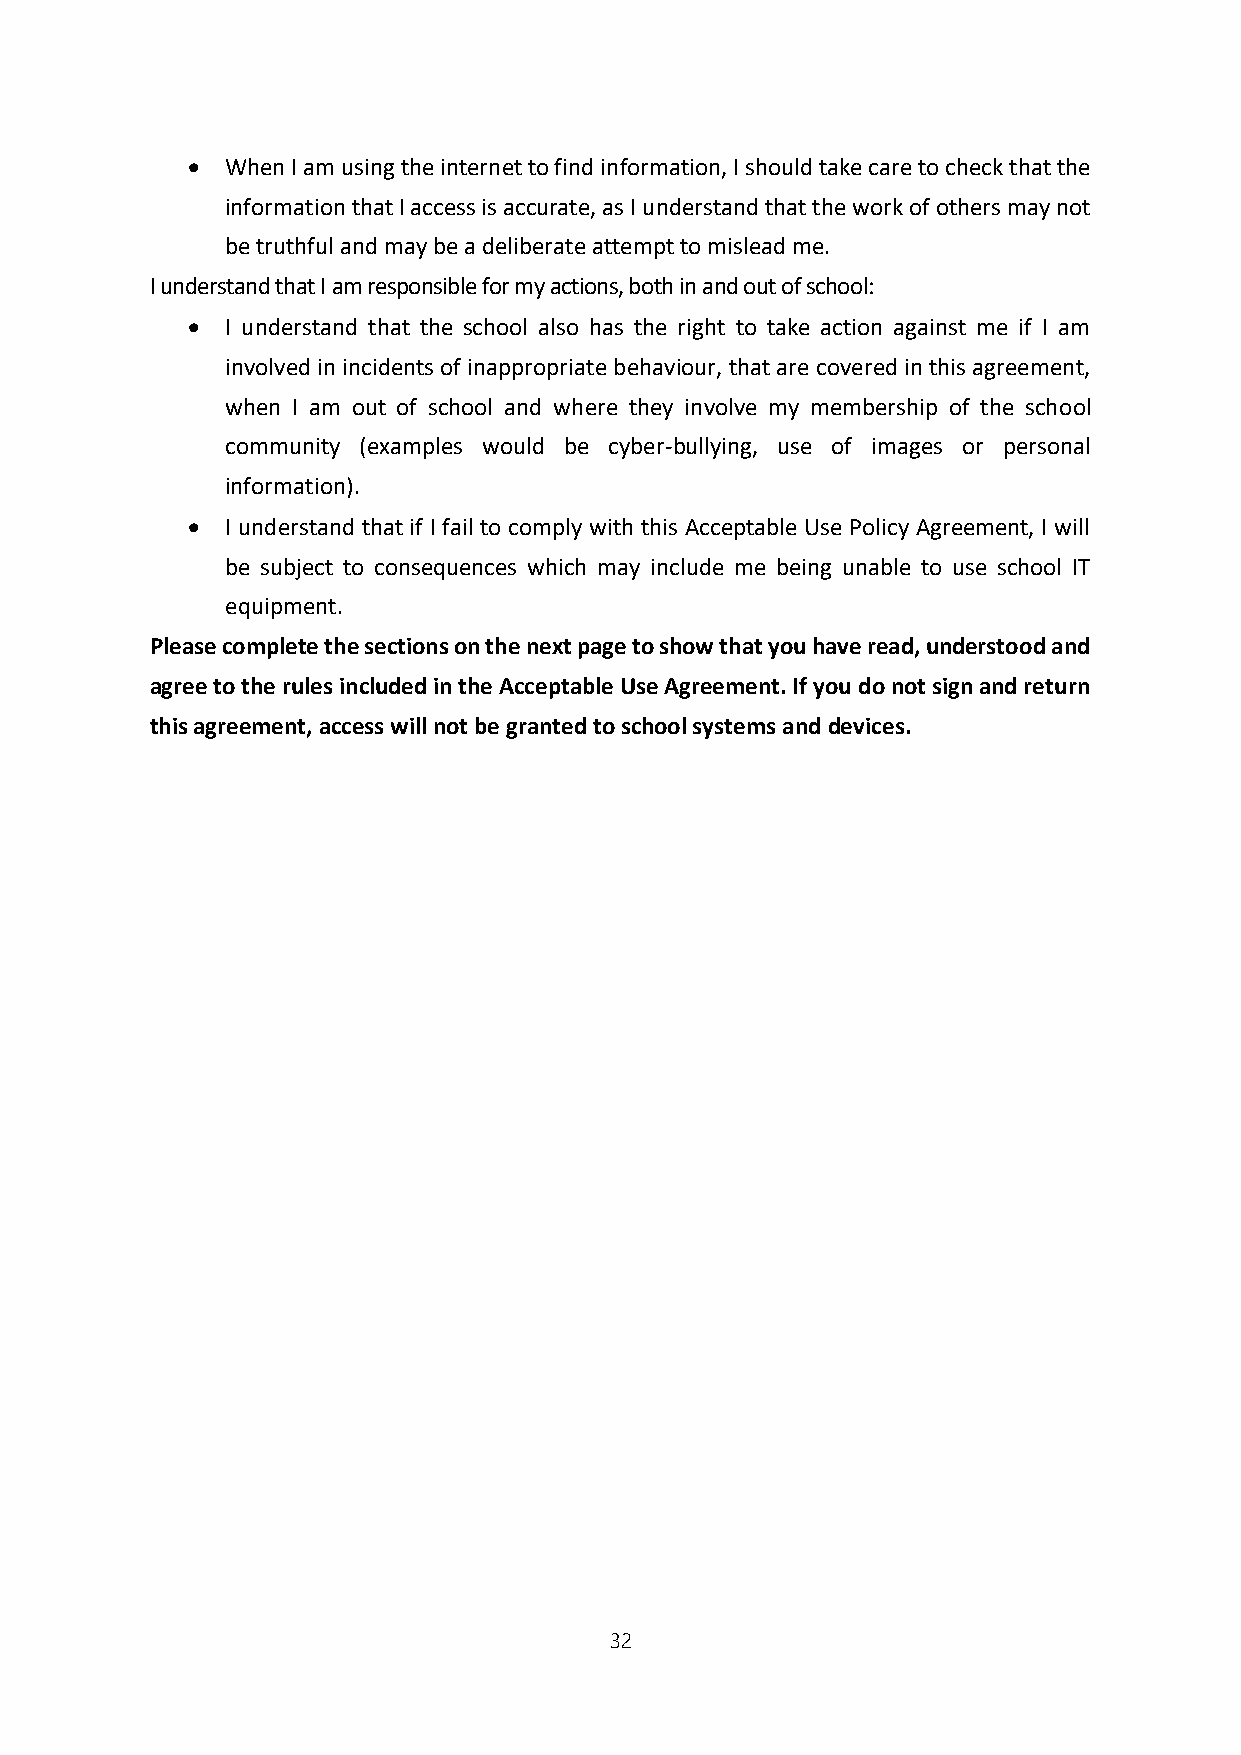
  When I am using the internet to find information, I should take care to check that the
 information that I access is accurate, as I understand that the work of others may not
 be truthful and may be a deliberate attempt to mislead me.
 I understand that I am responsible for my actions, both in and out of school:
   I understand that the school also has the right to take action against me if I am
 involved in incidents of inappropriate behaviour, that are covered in this agreement,
 when I am out of school and where they involve my membership of the school
 community (examples would be cyber-bullying, use of images or personal
 information).
   I understand that if I fail to comply with this Acceptable Use Policy Agreement, I will
 be subject to consequences which may include me being unable to use school IT
 equipment.
 Please complete the sections on the next page to show that you have read, understood and
 agree to the rules included in the Acceptable Use Agreement. If you do not sign and return
 this agreement, access will not be granted to school systems and devices.
 32